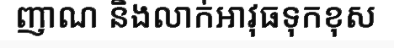
ញាណ និងលាក់អាវុធទុកខុស